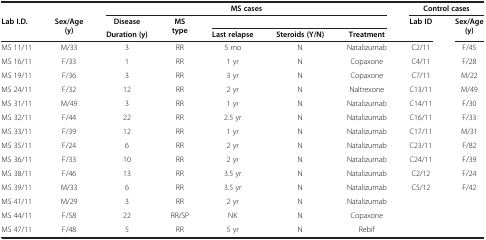
<table><thead><tr><td><b> </b></td><td><b> </b></td><td colspan="5"><b>MS cases</b></td><td colspan="2"><b>Control cases</b></td></tr><tr><td rowspan="2"><b>Lab I.D.</b></td><td rowspan="2"><b>Sex/Age (y)</b></td><td><b>Disease</b></td><td rowspan="2"><b>MS type</b></td><td><b> </b></td><td><b> </b></td><td><b> </b></td><td rowspan="2"><b>Lab ID</b></td><td rowspan="2"><b>Sex/Age (y)</b></td></tr><tr><td><b>Duration (y)</b></td><td><b>Last relapse</b></td><td><b>Steroids (Y/N)</b></td><td><b>Treatment</b></td></tr></thead><tbody><tr><td>MS 11/11</td><td>M/33</td><td>3</td><td>RR</td><td>5 mo</td><td>N</td><td>Natalizumab</td><td>C2/11</td><td>F/45</td></tr><tr><td>MS 16/11</td><td>F/33</td><td>1</td><td>RR</td><td>1 yr</td><td>N</td><td>Copaxone</td><td>C4/11</td><td>F/28</td></tr><tr><td>MS 19/11</td><td>F/36</td><td>3</td><td>RR</td><td>3 yr</td><td>N</td><td>Copaxone</td><td>C7/11</td><td>M/22</td></tr><tr><td>MS 24/11</td><td>F/32</td><td>12</td><td>RR</td><td>2 yr</td><td>N</td><td>Naltrexone</td><td>C13/11</td><td>M/49</td></tr><tr><td>MS 31/11</td><td>M/49</td><td>3</td><td>RR</td><td>1 yr</td><td>N</td><td>Natalizumab</td><td>C14/11</td><td>F/30</td></tr><tr><td>MS 32/11</td><td>F/44</td><td>22</td><td>RR</td><td>2.5 yr</td><td>N</td><td>Natalizumab</td><td>C16/11</td><td>F/33</td></tr><tr><td>MS 33/11</td><td>F/39</td><td>12</td><td>RR</td><td>1 yr</td><td>N</td><td>Natalizumab</td><td>C17/11</td><td>M/31</td></tr><tr><td>MS 35/11</td><td>F/24</td><td>6</td><td>RR</td><td>2 yr</td><td>N</td><td>Natalizumab</td><td>C23/11</td><td>F/82</td></tr><tr><td>MS 36/11</td><td>F/33</td><td>10</td><td>RR</td><td>2 yr</td><td>N</td><td>Natalizumab</td><td>C24/11</td><td>F/39</td></tr><tr><td>MS 38/11</td><td>F/46</td><td>13</td><td>RR</td><td>3.5 yr</td><td>N</td><td>Natalizumab</td><td>C2/12</td><td>F/24</td></tr><tr><td>MS 39/11</td><td>M/33</td><td>6</td><td>RR</td><td>3.5 yr</td><td>N</td><td>Natalizumab</td><td>C5/12</td><td>F/42</td></tr><tr><td>MS 41/11</td><td>M/29</td><td>3</td><td>RR</td><td>2 yr</td><td>N</td><td>Natalizumab</td><td> </td><td> </td></tr><tr><td>MS 44/11</td><td>F/58</td><td>22</td><td>RR/SP</td><td>NK</td><td>N</td><td>Copaxone</td><td> </td><td> </td></tr><tr><td>MS 47/11</td><td>F/48</td><td>5</td><td>RR</td><td>5 yr</td><td>N</td><td>Rebif</td><td> </td><td> </td></tr></tbody></table>